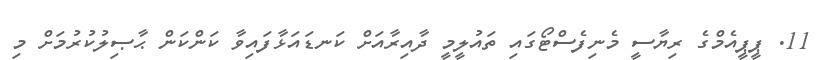
11. ޕީޕީއެމްގެ ރިޔާސީ މެނިފެސްޓޯގައި ތައުލީމީ ދާއިރާއަށް ކަނޑައަޅާފައިވާ ކަންކަން ޙާޞިލުކުރުމަށް މި